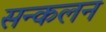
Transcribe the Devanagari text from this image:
सन्कलन